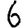
Digit: 6